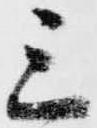
三